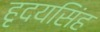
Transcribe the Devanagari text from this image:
हृदयसिंह